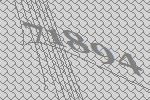
71894